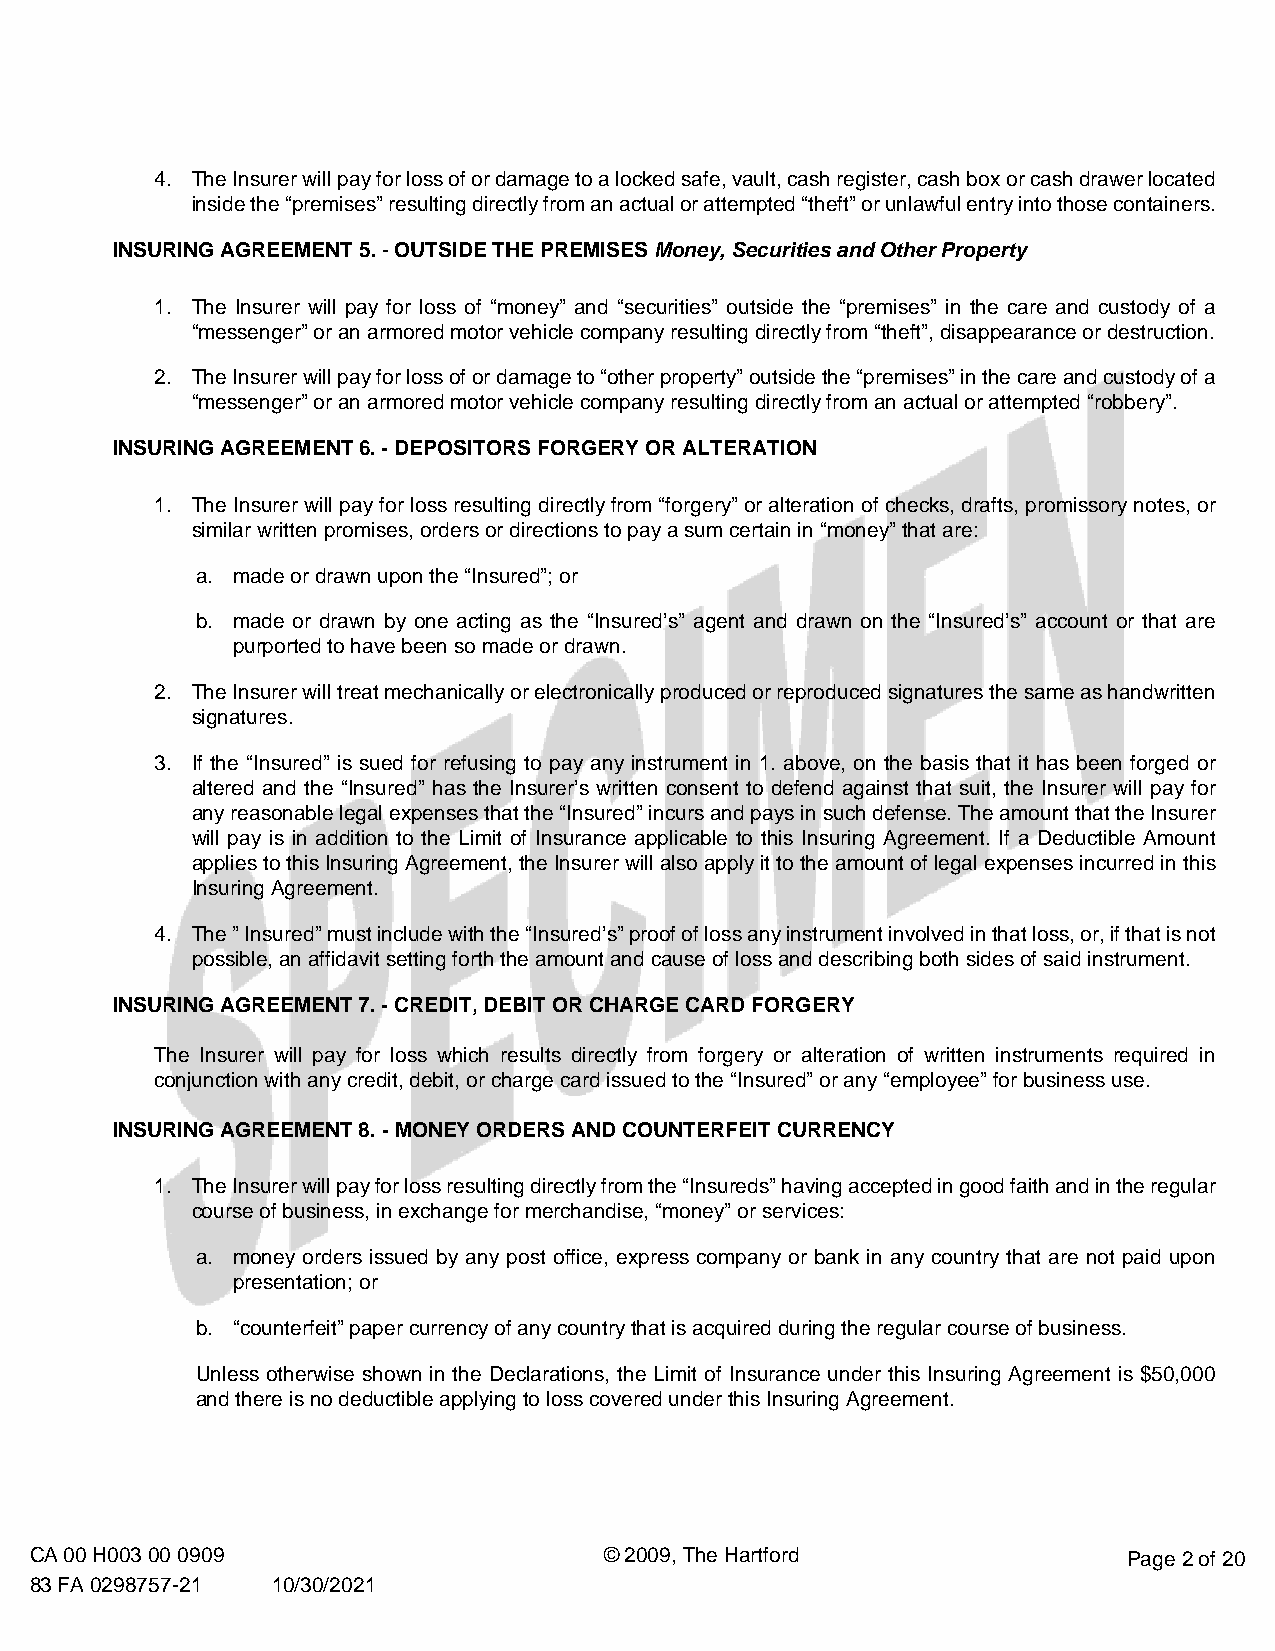
4. The Insurer will pay for loss of or damage to a locked safe, vault, cash register, cash box or cash drawer located
 inside the “premises” resulting directly from an actual or attempted “theft” or unlawful entry into those containers.
 INSURING AGREEMENT 5. - OUTSIDE THE PREMISES Money, Securities and Other Property
 1. The Insurer will pay for loss of “money” and “securities” outside the “premises” in the care and custody of a
 “messenger” or an armored motor vehicle company resulting directly from “theft”, disappearance or destruction.
 2. The Insurer will pay for loss of or damage to “other property” outside the “premises” in the care and custody of a
 “messenger” or an armored motor vehicle company resulting directly from an actual or attempted “robbery”.
 INSURING AGREEMENT 6. - DEPOSITORS FORGERY OR ALTERATION
 1. The Insurer will pay for loss resulting directly from “forgery” or alteration of checks, drafts, promissory notes, or
 similar written promises, orders or directions to pay a sum certain in “money” that are:
 a. made or drawn upon the “Insured”; or
 b. made or drawn by one acting as the “Insured’s” agent and drawn on the “Insured’s” account or that are
 purported to have been so made or drawn.
 2. The Insurer will treat mechanically or electronically produced or reproduced signatures the same as handwritten
 signatures.
 3. If the “Insured” is sued for refusing to pay any instrument in 1. above, on the basis that it has been forged or
 altered and the “Insured” has the Insurer’s written consent to defend against that suit, the Insurer will pay for
 any reasonable legal expenses that the “Insured” incurs and pays in such defense. The amount that the Insurer
 will pay is in addition to the Limit of Insurance applicable to this Insuring Agreement. If a Deductible Amount
 applies to this Insuring Agreement, the Insurer will also apply it to the amount of legal expenses incurred in this
 Insuring Agreement.
 4. The ” Insured” must include with the “Insured’s” proof of loss any instrument involved in that loss, or, if that is not
 possible, an affidavit setting forth the amount and cause of loss and describing both sides of said instrument.
 INSURING AGREEMENT 7. - CREDIT, DEBIT OR CHARGE CARD FORGERY
 The Insurer will pay for loss which results directly from forgery or alteration of written instruments required in
 conjunction with any credit, debit, or charge card issued to the “Insured” or any “employee” for business use.
 INSURING AGREEMENT 8. - MONEY ORDERS AND COUNTERFEIT CURRENCY
 1. The Insurer will pay for loss resulting directly from the “Insureds” having accepted in good faith and in the regular
 course of business, in exchange for merchandise, “money” or services:
 a. money orders issued by any post office, express company or bank in any country that are not paid upon
 presentation; or
 b. “counterfeit” paper currency of any country that is acquired during the regular course of business.
 Unless otherwise shown in the Declarations, the Limit of Insurance under this Insuring Agreement is $50,000
 and there is no deductible applying to loss covered under this Insuring Agreement.
 CA 00 H003 00 0909                    © 2009, The Hartford               Page 2 of 20
 83 FA 0298757-21 10/30/2021